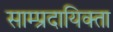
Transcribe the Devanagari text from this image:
साम्प्रदायिक्ता